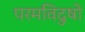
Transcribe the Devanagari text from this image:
परमविदुषो